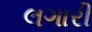
લગારી